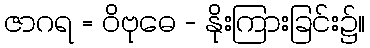
ဇာဂရ = ဝိဗုဓေ - နိုးကြားခြင်း၌။